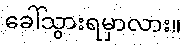
ခေါ်သွားရမှာလား။